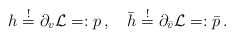
\begin{align*}h \stackrel{!}{=} \partial_v {\cal L}=:p\,,\quad \bar{h} \stackrel{!}{=} \partial_{\bar{v}} {\cal L}=:\bar{p}\,.\end{align*}